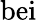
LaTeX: \mathrm{bei}